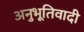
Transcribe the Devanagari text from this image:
अनुभूतिवादी